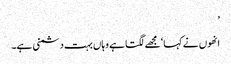
’
انھوں نے کہا ‘مجھے لگتا ہے وہاں بہت دشمنی ہے۔